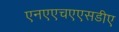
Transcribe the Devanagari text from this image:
एनएएचएएसडीए